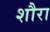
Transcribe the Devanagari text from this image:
शौरा